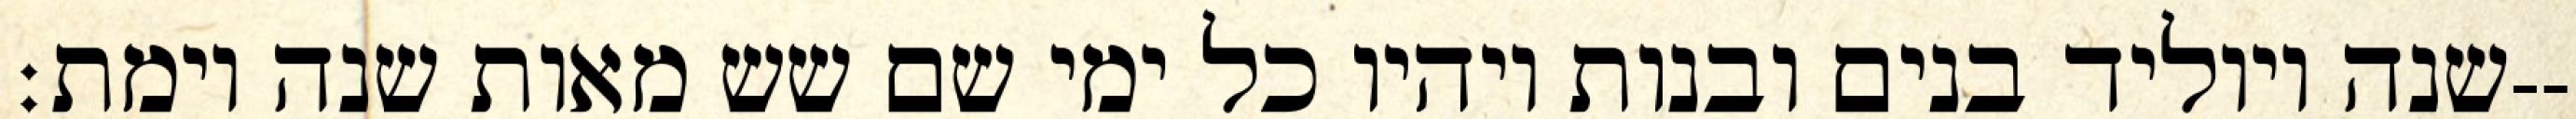
שנה ויוליד בנים ובנות ויהיו כל ימי שם שש מאות שנה וימת׃--